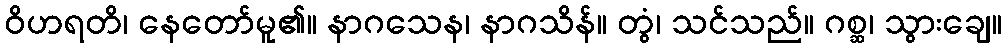
ဝိဟရတိ၊ နေတော်မူ၏။ နာဂသေန၊ နာဂသိန်။ တွံ၊ သင်သည်။ ဂစ္ဆ၊ သွားချေ။